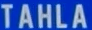
TAHLA